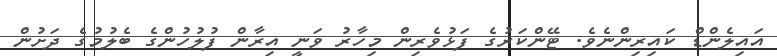
އައިލެންޑް ކައިރިންނެވެ. ޓޭންކަރުގެ ފަޅުވެރިން މިހާރު ވަނީ އިރާން ފުލުހުންގެ ބެލުމުގެ ދަށުން